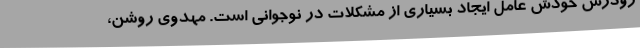
زودرس خودش عامل ایجاد بسیاری از مشکلات در نوجوانی است. مهدوی روشن،